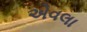
એવલા